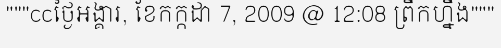
"""ccថ្ងៃអង្គារ, ខែកក្កដា 7, 2009 @ 12:08 ព្រឹកហ្នឹង"""